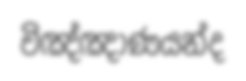
විඤ්ඤාණයන්ද